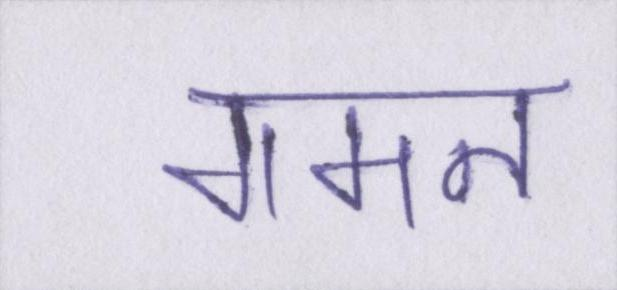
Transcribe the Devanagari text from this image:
गमन